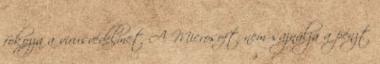
fokozza a vírusvédelmet A Microsoft nem sajnálja a pénzt